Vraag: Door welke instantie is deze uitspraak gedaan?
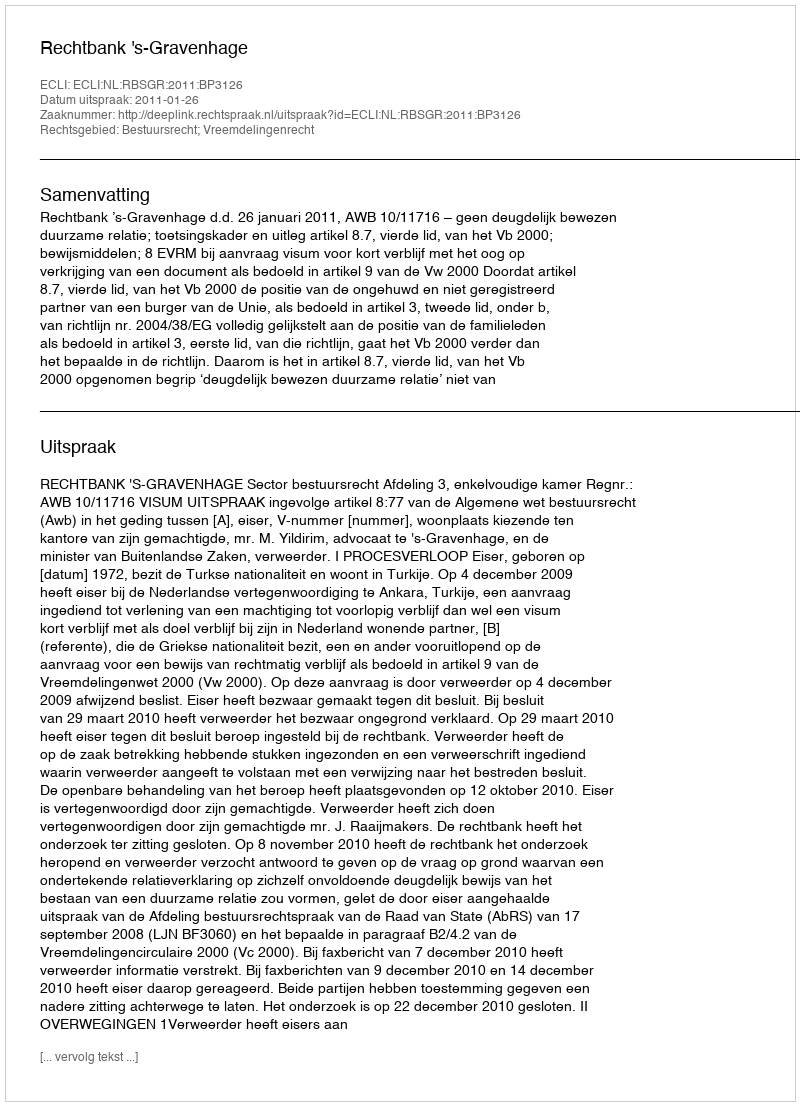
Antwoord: Rechtbank 's-Gravenhage